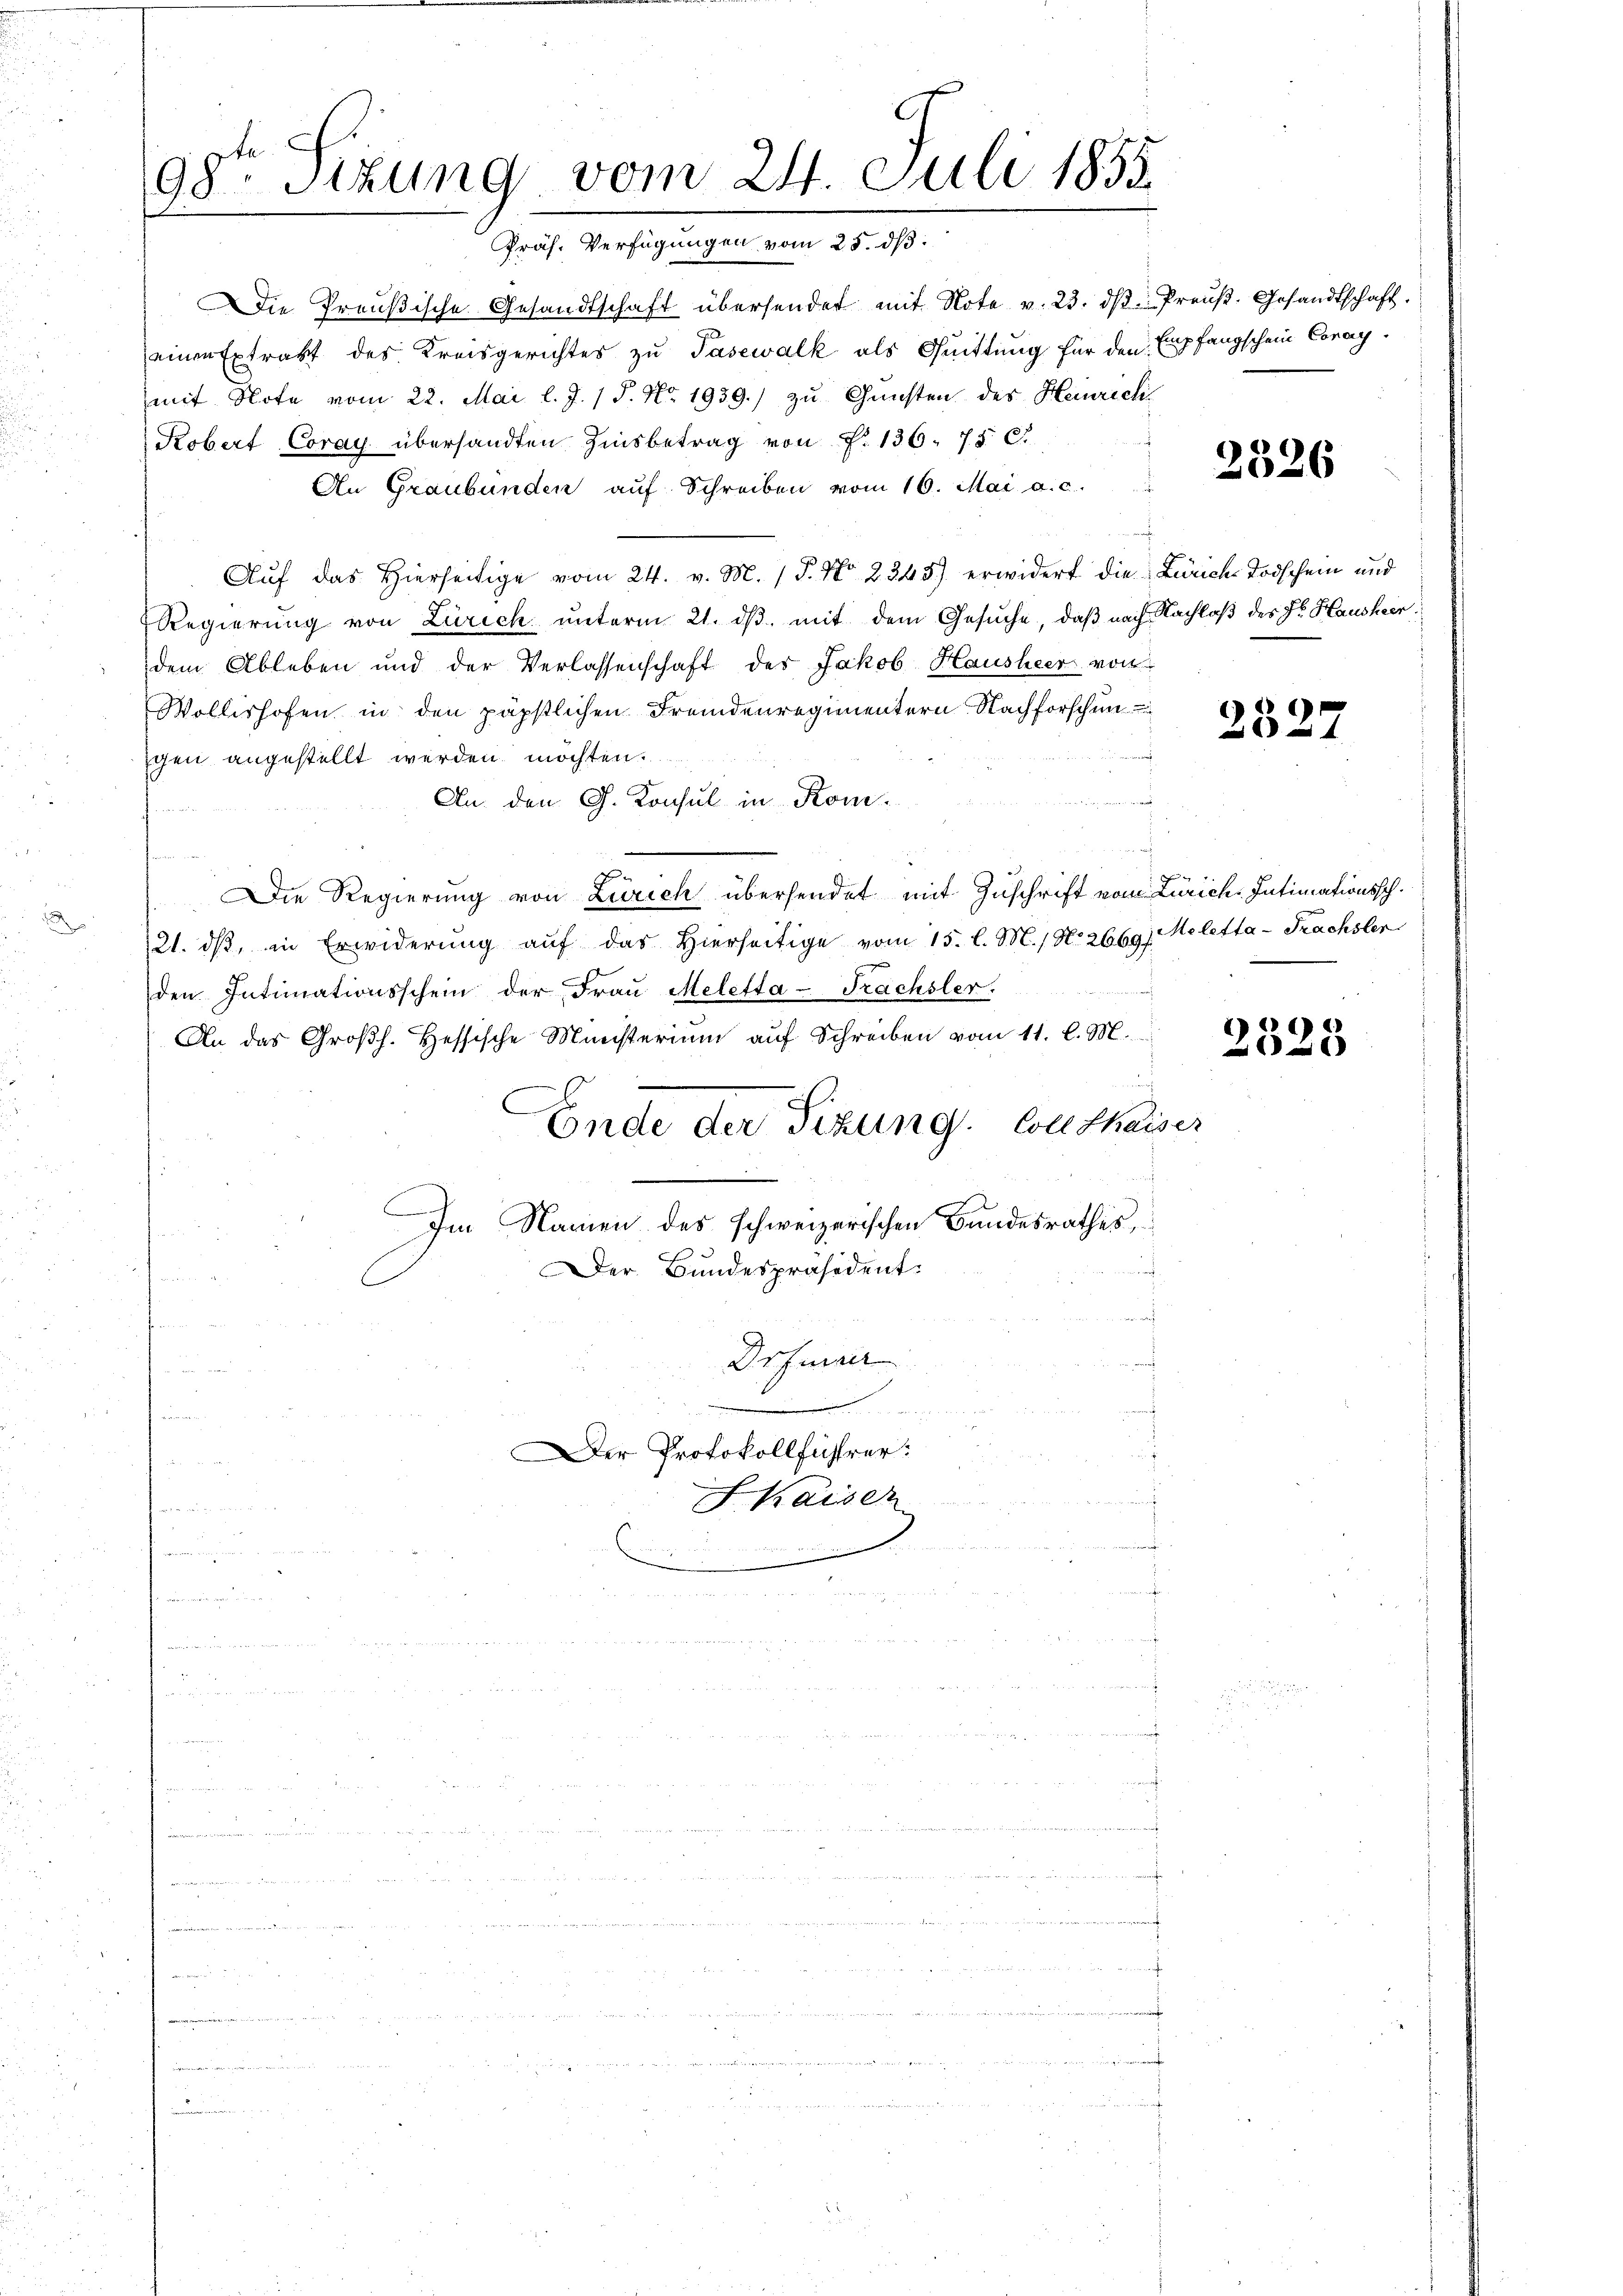
98ten Sizung vom 24. Juli 1855.
Präs. Verfügungen vom 25. dß.

Die Preußische Gesandtschaft übersendet mit Note v. 23. dβ Preuß. Gesandtschaft.
einen Extrakt des Kreisgerichtes zu Pasewalk als Quittung für den Empfangschein Coray.
mit Note vom 22. Mai l. J. 1 S. Nr. 1939.) zu Gunsten des Heinrich
Kobert Coray übersandten Zinsbetrag von P. 136. 75. C.
An Graubünden aŭf Schreiben vom 16. Mai a. c.
Auf das hierseitige vom 24. v. M. / P. Nr. 2245) erwidert die Zürich Todschein und
Regierung von Zürich unterm 21. dβ. mit dem Gesuche, daß nach Nachlaß des Dr. Hausheer
dem Ableben und der Verlassenschaft des Jakob Hausheer von
Wollishofen in den päpstlichen Fremdenregimentern Nachforschen
gen angestellt werden möchten.
An den G. Konsul in Kom¬

f
Die Regierung von Zürich übersendet mit Zuschrift vom Zürich. Intimationssch.
21. dβ, in Erwiderŭng aŭf das hierseitige vom 15. l. M. No. 2669, eletta-Frachsler
den Intimationsschein der Fraŭ Meletta-Trachsler.
An das Groβh. Hessische Ministerium aŭf Schreiben vom 11. l. M.
Ende der Sizung. Couthaiser
Im Namen des schweizerischen Bundesrathes,
Der Bundespräsident.
Drfener
u
u
Der Protokollführer:
Kaisen
an
.
 0 000

2326

2527

2328